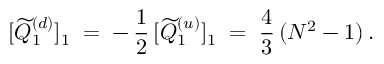
[ \widetilde { Q } _ { 1 } ^ { ( d ) } ] _ { 1 } \; = \; - \, \frac { 1 } { 2 } \, [ \widetilde { Q } _ { 1 } ^ { ( u ) } ] _ { 1 } \; = \; \frac { 4 } { 3 } \, ( N ^ { 2 } - 1 ) \, .